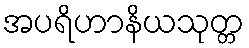
အပရိဟာနိယသုတ္တ